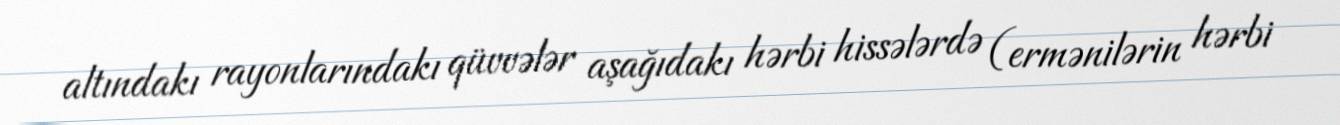
altındakı rayonlarındakı qüvvələr aşağıdakı hərbi hissələrdə (ermənilərin hərbi